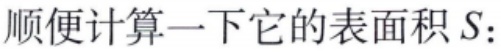
顺便计算一下它的表面积 \(S\)：